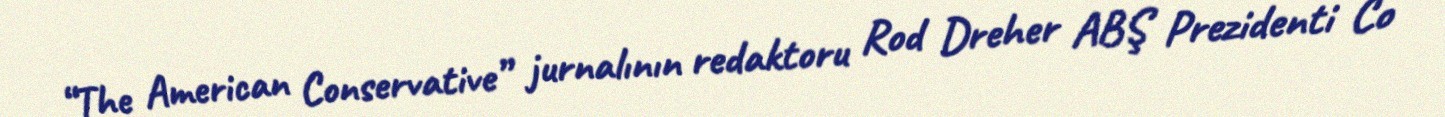
“The American Conservative” jurnalının redaktoru Rod Dreher ABŞ Prezidenti Co